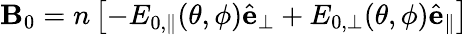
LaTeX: \mathbf{B}_{0}=n\left[-E_{0,\parallel}(\theta,\phi)\hat{\mathbf{e}}_{\perp}+E_{0,\perp}(\theta,\phi)\hat{\mathbf{e}}_{\parallel}\right]